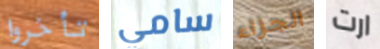
تأخروا سامي الجزاء ارت